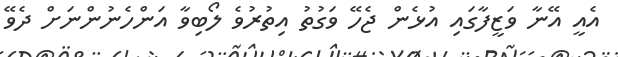
އެއީ އޭނާ ވަޒީފާގައި އުޅެން ޖެހޭ ވަގުތު އިތުރުވެ ލޯބިވާ އަންހެނުންނަށް ދެވޭ